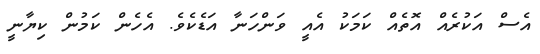
އެސް އަކުރެއް އޮތެއް ކަމަކު އެއީ ވަންހަނާ އަޑެކެވެ. އެހެން ކަމުން ކިޔާނީ